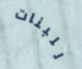
للبنات